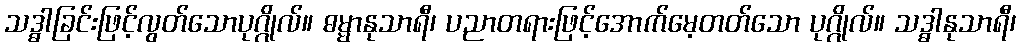
သဒ္ဓါခြင်းဖြင့်လွတ်သောပုဂ္ဂိုလ်။ ဓမ္မာနုသာရီ၊ ပညာတရားဖြင့်အောက်မေ့တတ်သော ပုဂ္ဂိုလ်။ သဒ္ဓါနုသာရီ၊